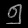
Digit: ၅